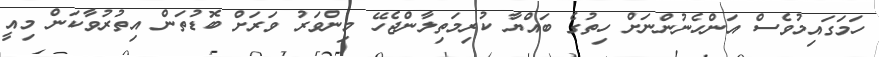
ހަމަގައިމުވެސް އަންހެނުންނަށް ހިތުގެ ބައްޔާ ކުރިމަތިލާންޖެހޭ މިންވަރު ވަރަށް ބޮޑުތަން އިތުރުވާކަން މިއީ